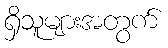
ရှိသူများအတွက်